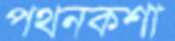
পথনকশা